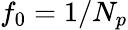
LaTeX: f_{0}=1/N_{p}